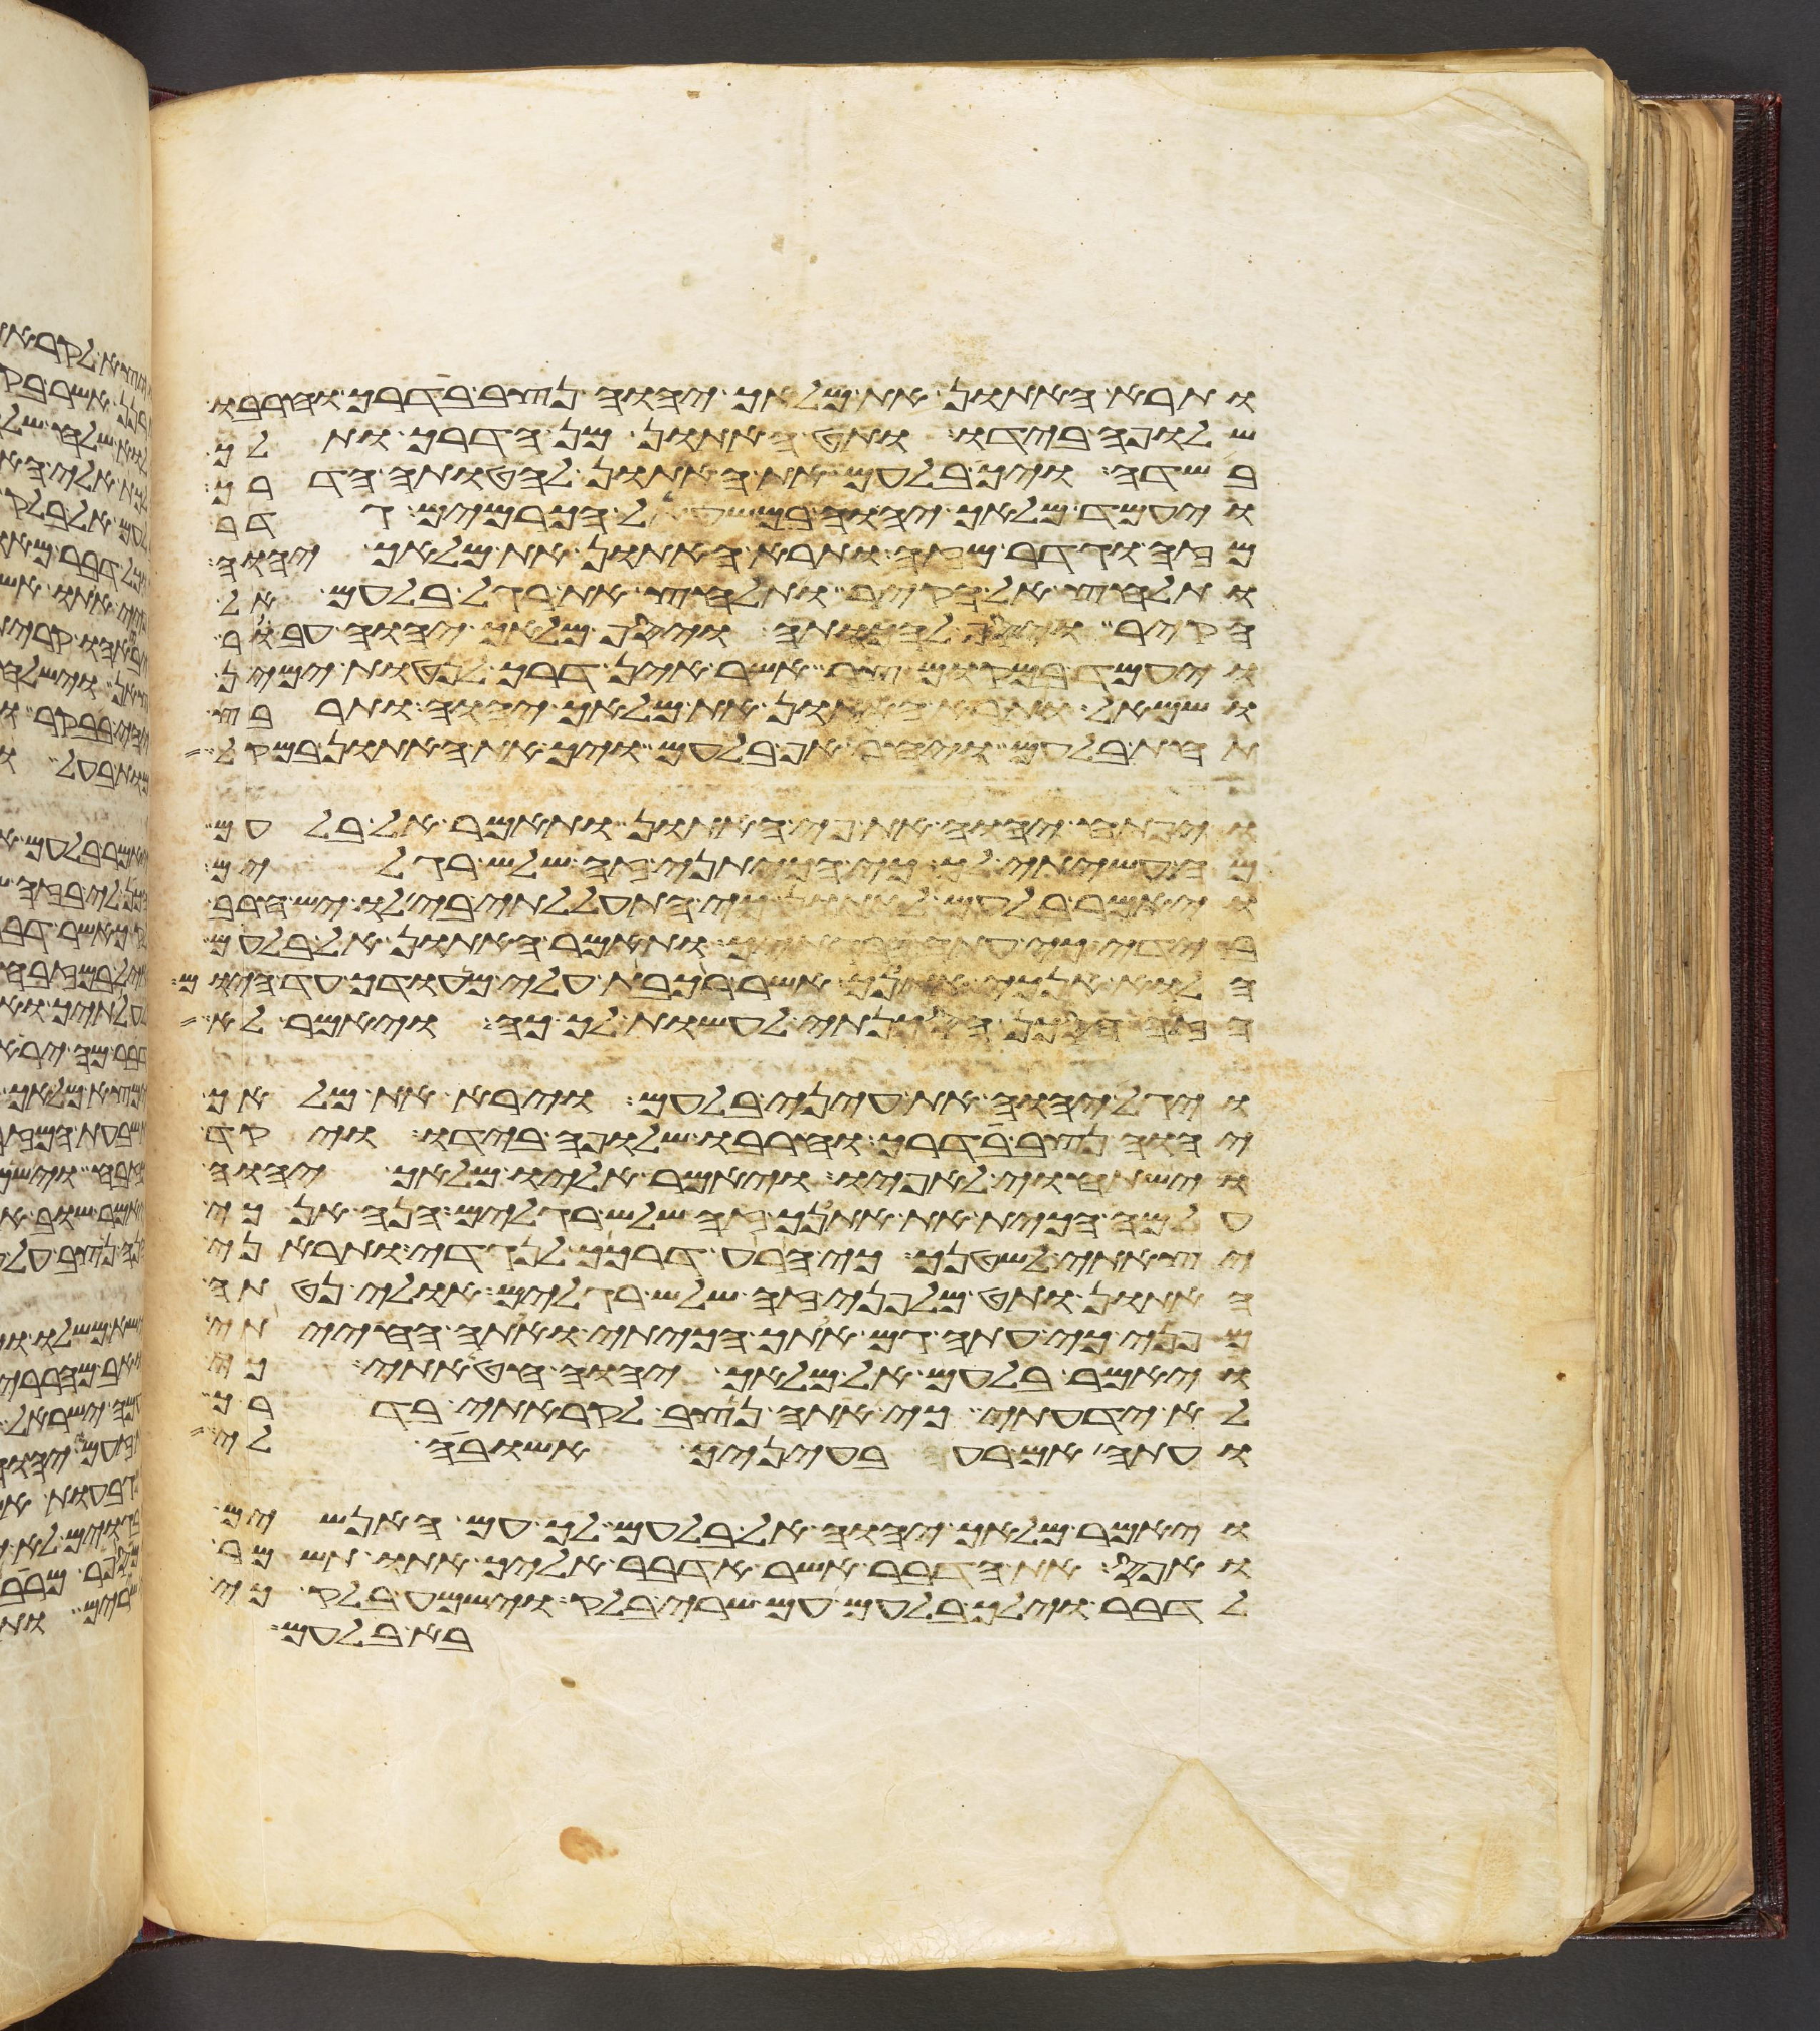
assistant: ותרא האתון את מלאך יהוה נצב בדרך וחרבו
שלופה בידו ותט האתון מן הדרך ותלך
בשדה ויך בלעם את האתון להטותה הדרך
ויעמד מלאך יהוה במשעל הכרמים גדר
מזה וגדר מזה ותרא האתון את מלאך יהוה
ותלחץ אל הקיר ותלחץ את רגל בלעם אל
הקיר ויסף להכותה ויסף מלאך יהוה עבר
ויעמד במקום צר אשר אין דרך לנטות ימין
ושמאל ותרא האתון את מלאך יהוה ותרבץ
תחת בלעם ויחר אף בלעם ויך את האתון במקל
ויפתח יהוה את פי האתון ותאמר אל בלעם
מה עשיתי לך כי הכיתני זה שלש רגלים
ויאמר בלעם לאתון כי התעללתי בי לו יש חרב
בידי כי עתה הרגתיך ותאמר האתון אל בלעם
הלוא אנכי אתנך אשר רכבת עלי מהודך עד היום
הזה הסכן הסכנתי לעשות לך כה ויאמר לא
ויגל יהוה את עיני בלעם וירא את מלאך
יהוה נצב בדרך וחרבו שלופה בידו ויקד
וישתחוי לאפיו ויאמר אליו מלאך יהוה
על מה הכית את אתנך זה שלש רגלים הנה אנכי
יצאתי לשטנך כי הרע דרכך לנגדי ותראני
האתון ותט מלפני זה שלש רגלים אולי נטתה
מפני כי עתה גם אתך הכיתי ואתה החייתי
ויאמר בלעם אל מלאך יהוה חטאתי כי
לא ידעתי כי אתה נצב לקראתי בדרך
ועתה אם רעה בעיניך אשובה לי
ויאמר מלאך יהוה אל בלעם לך עם האנשים
ואפס את הדבר אשר אדבר אליך אתו תשמר
לדבר וילך בלעם עם שרי בלק וישמע בלק כי
בא בלעם